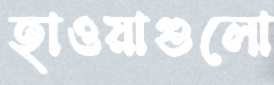
হাওয়াগুলো